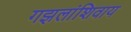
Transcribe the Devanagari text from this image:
गझलांशिवाय